Insane asylums in Bengal annual reports 1876-1887 - 1876-1887
Year: 1876
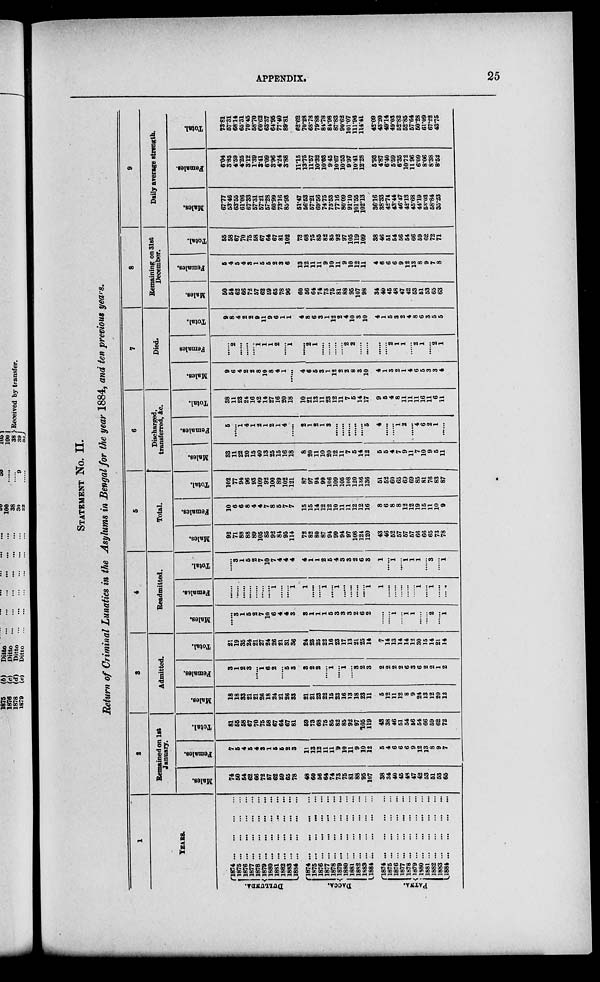
APPENDIX.
25
STATEMENT NO. II.
Return of Criminal Lunatics in the Asylums in Bengal for the year 1884, and ten previous years.
1
YEARS.
DULLUNDA.
DACCA.
PATNA.
1874
...
...
...
...
1875
...
...
...
...
1876
...
...
...
...
1877
...
...
...
...
1878
...
...
...
...
1879
...
...
...
...
1880
...
...
...
...
1881
...
...
...
...
1882
...
...
...
...
1883
...
...
...
...
1884
...
...
...
...
1874
...
...
...
...
1875 ... ... ... ...
1876 ... ... ... ...
1877
...
...
...
...
1878
...
...
...
...
1879
...
...
...
...
1880
...
...
...
...
1881
...
...
...
...
1882.
...
...
...
...
1883
...
...
...
...
1884
...
...
...
...
1874
...
...
...
...
1875
...
...
...
...
1876
...
...
...
...
1877
...
...
...
...
1878
...
...
...
...
1879
...
...
...
...
1880
...
...
...
...
1881
...
...
...
...
1882
...
...
...
...
1883
...
...
...
...
1884
...
...
...
...
2
Remained on 1st
January.
Males.
74
50
54
62
66
72
57
62
59
65
78
48
60
56
64
74
73
75
81
88
95
107
38
34
40
45
48
47
42
53
51
53
65
Females.
7
5
4
5
4
3
1
5
5
2
3
11
13
12
11
11
9
10
11
9
10
12
5
4
6
6
6
9
12
13
8
9
7
Total.
81
55
58
67
70
75
58
67
64
67
81
59
73
68
75
85
82
85
92
97
105
119
43
38
46
51
54
56
54
66
59
62
72
3
Admitted.
Males.
18
18
33
21
21
26
18
24
21
26
33
21
21
23
22
15
23
16
13
18
23
11
5
12
11
12
8
9
24
13
12
20
12
Females.
3
1
2
3
......
1
6
2
......
5
3
3
2
2
......
1
......
1
......
3
2
3
2
2
2
2
6
3
6
2
2
1
2
Total.
21
19
35
24
21
27
24
26
21
31
36
24
23
25
22
16
23
17
13
21
25
14
7
14
13
14
14
12
30
15
14
21
14
4
Readmitted.
Males.
......
3
1
5
2
7
10
6
4
4
3
3
1
1
1
5
3
3
3
2
6
2
......
......
1
......
1
1
......
......
2
......
1
Females.
......
......
......
......
......
......
......
1
......
......
1
1
......
......
1
......
1
......
......
......
......
1
1
......
......
......
......
......
1
......
1
......
.....
Total.
......
3
1
5
2
7
10
7
4
4
4
4
1
1
2
5
4
3
3
2
6
3
1
......
1
......
1
1
1
......
3
......
1
6
Total.
Males.
92
71
88
88
89
105
85
92
84
95
114
72
82
80
87
94
99
94
97
108
124
120
43
46
52
57
57
57
66
66
65
73
78
Females.
10
6
6
8
4
4
7
8
5
7
7
15
15
14
12
12
10
11
11
12
12
16
8
6
8
8
12
12
19
15
11
10
9
Total.
102
77
94
96
93
109
92
100
89
102
121
87
97
94
99
106
109
105
108
120
136
136
51
52
60
65
69
69
85
81
76
83
87
6
Discharged,
transferred, &c.
Males.
33
11
22
20
15
40
13
25
15
16
18
8
20
11
10
20
12
11
7
5
14
12
5
5
4
7
9
11
7
10
9
5
11
Females.
5
......
1
4
1
2
1
2
1
4
......
2
1
2
1
3
......
......
......
......
......
5
4
......
......
1
2
......
4
6
2
1
......
Total.
38
11
23
24
16
42
14
27
16
20
18
10
21
13
11
23
12
11
7
5
14
17
9
5
4
8
11
11
11
16
11
6
11
7
Died.
Males.
9
6
4
2
2
8
10
8
4
1
......
4
6
6
3
1
12
2
2
8
3
10
4
1
3
2
1
4
6
5
3
3
4
Females
......
2
......
......
......
1
1
1
2
......
1
......
2
1
......
......
......
......
2
2
......
......
......
......
2
1
1
......
2
1
......
2
1
Total.
9
8
4
2
2
9
11
9
6
1
1
4
8
6
3
1
12
2
4
10
3
10
4
1
5
3
2
4
8
6
3
5
5
8
Remaining on 31st
December.
Males.
50
54
62
66
72
57
62
59
65
78
96
60
56
64
74
73
75
81 .
88
95
107
98
34
40
45
48
47
42
53
51
53
65
63
Females.
5
4
5
4
3
1
5
5
2
3
6
13
12
11
11
9
10
11
9
10
12
11
4
6
6
6
9
12
13
8
9
7
8
Total.
55
58
67
70
75
58
67
64
67
81
102
73
68
75
85
82
85
92
97
105
119
109
38
46
51
54
56
54
66
59
62
72
71
9
Daily arerage strength.
Males,
67.77
53.46
63.66
61.06
67.33
57.31
57.21
57.28
60.99
73.16
85.93
51.47
56.53
57.21
69.56
74.75
75.53
77.16
80.09
91.10
101.55
102.13
36.16
38.33
42.74
43.44
46.47
42.13
45.68
44.19
53.03
58.84
35.23
Females.
6.04
3.85
4.59
4.26
3.12
1.39
3.41
6.09
3.96
4.24
3.88
11.15
13.76
11.57
10.32
10.03
9.45
10.67
10.53
9.97
10.41
12.28
5.93
4.87
6.40
5.59
6.35
10.72
11.96
6.09
8.06
8.38
8.52
Total.
73.81
57.31
68.14
65.31
70.45
58.70
60.62
63.37
64.95
77.40
89.81
62.62
70.28
68.78
79.88
84.78
84.98
87.83
90.62
101.07
111.96
114.41
42.09
43.20
49.14
49.03
52.82
52.85
57.64
50.28
61.09
67.22
43.75